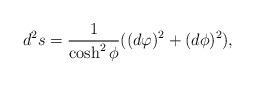
LaTeX: \begin{align*}d^{2}s=\frac{1}{\cosh ^{2} {\phi} }((d\varphi)^{2} + (d\phi)^{2}),\end{align*}